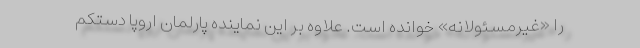
را «غیرمسئولانه» خوانده است. علاوه بر این نماینده پارلمان اروپا دستکم